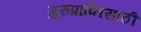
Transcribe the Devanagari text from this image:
गुरुप्राप्तिसाठी